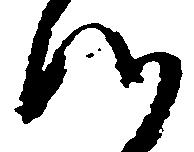
つ